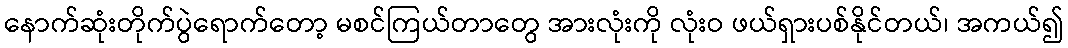
နောက်ဆုံးတိုက်ပွဲရောက်တော့ မစင်ကြယ်တာတွေ အားလုံးကို လုံးဝ ဖယ်ရှားပစ်နိုင်တယ်၊ အကယ်၍